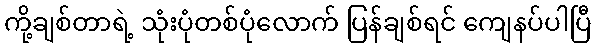
ကို့ချစ်တာရဲ့ သုံးပုံတစ်ပုံလောက် ပြန်ချစ်ရင် ကျေနပ်ပါပြီ